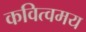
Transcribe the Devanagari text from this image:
कवित्वमय